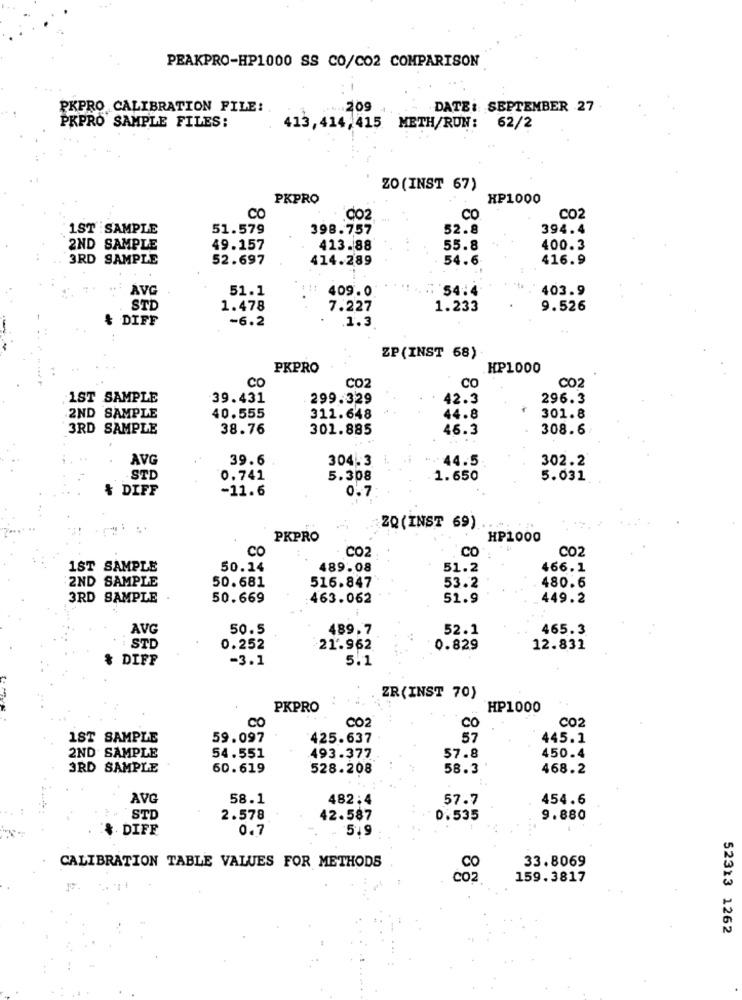
PEAKPRO-HP1000 SS CO/CO2 COMPARISON
PKPRO CALIBRATION FILE:
.209
DATEi SEPTEMBER 27
PKPRO SAMPLE FILES:
413,414,415 METH/RUN: 62/2
ZO (INST 67)
PKPRO
HP1000
CO
.CO2.
CO
CO2
1ST SAMPLE
51.579
398.757
52.8
394.4
2ND SAMPLE
49.157
413.88
55.8
400.3
3RD SAMPLE
52.697
414.289
54.6
416.9
AVG
51.1
409.0
.54:4
403.9
STD
1.478
7.227
1.233
9.526
& DIFF
-6.2
.1.3
ZP (INST 68)
PKPRO
HP1000
CO2
CO
CO2
CO
1ST SAMPLE
39.431
299.329
42.3
296.3
2ND SAMPLE
40.555
311.648
44.8
301.8
3RD SAMPLE
38.76
301.885
46.3
308.6
AVG
39.6
304.3
44.5
302.2
STD
0.741
5.308
1.650
5.031
& DIFF
-11.6
0.7
ZQ (INST 69)
PKPRO
HP1000
co
CO
CO2
CO2
1ST SAMPLE
50.14
489.08
51.2
466.1
2ND SAMPLE
50.681
516.847
53.2
480.6
3RD SAMPLE
50.669
463.062
51.9
449.2
AVG
50.5
489,7
52.1
465.3
STD
0.252
21.962
0.829
12.831
& DIFF
-3.1
5.1
ZR(INST 70)
PKPRO
HP1000
C02
CO
CO2
CO
1ST SAMPLE
59.097
425.637
57
445.1
2ND SAMPLE
54.551
493.377
57.8
450.4
3RD SAMPLE
60.619
528.208
58.3
468.2
AVG
58.1
482;4
57.7
454.6
STD
2.578
42.587
0.535
9.880
& DIFF
0.7
5.9
CALIBRATION TABLE VALUES FOR METHODS
33.8069
CO2
159.3817
52313 1262